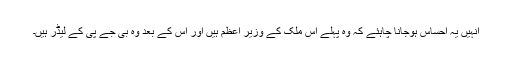
انہیں یہ احساس ہوجانا چاہئے کہ وہ پہلے اس ملک کے وزیر اعظم ہیں اور اس کے بعد وہ بی جے پی کے لیڈر ہیں۔